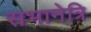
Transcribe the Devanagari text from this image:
सभानेत्रि